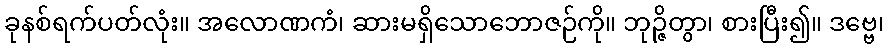
ခုနစ်ရက်ပတ်လုံး။ အလောဏကံ၊ ဆားမရှိသောဘောဇဉ်ကို။ ဘုဉ္ဇိတွာ၊ စားပြီး၍။ ဒဗ္ဗေ၊